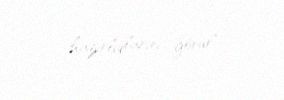
hazırlıqlarını görür”.